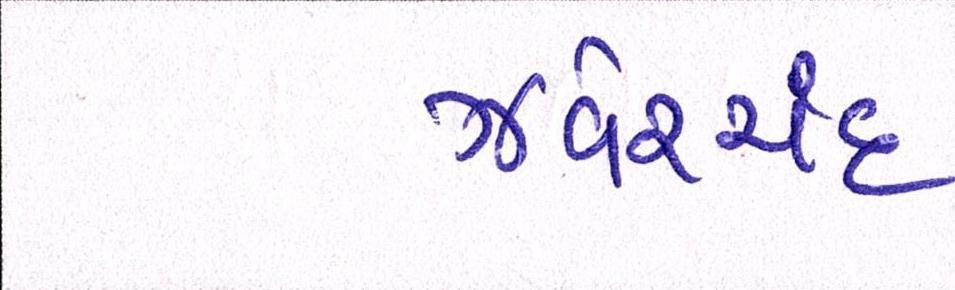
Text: ઝવેરચંદ